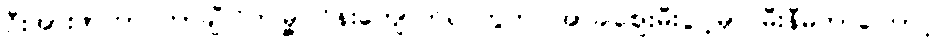
ဦးအားဖာဟာ တာချီလိတ်မြို့၊ ဝိန်းကျောက်ရပ်ကွက်၊ အာခါစျေးမီးပွိုင့်မှာ မီးနီမိတာကြောင့်